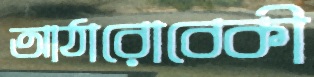
আঠারোবেকী